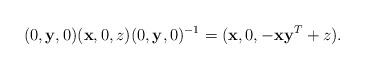
LaTeX: \begin{align*}(0,{\bf y},0)({\bf x},0,z)(0,{\bf y},0)^{-1}=({\bf x},0,-{\bf x}{\bf y}^T+z).\end{align*}